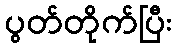
ပွတ်တိုက်ပြီး